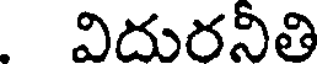
విదురనీతి